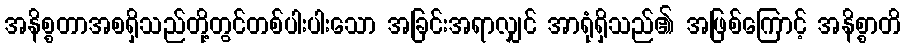
အနိစ္စတာအစရှိသည်တို့တွင်တစ်ပါးပါးသော အခြင်းအရာလျှင် အာရုံရှိသည်၏ အဖြစ်ကြောင့် အနိစ္စာတိ